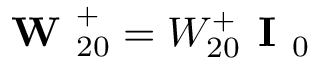
\textbf { W } _ { 2 0 } ^ { + } = W _ { 2 0 } ^ { + } \textbf { I } _ { 0 }